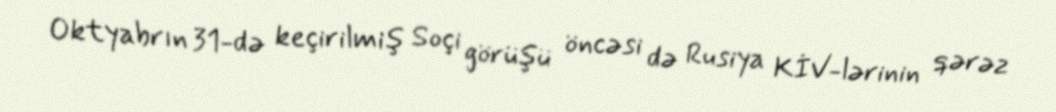
Oktyabrın 31-də keçirilmiş Soçi görüşü öncəsi də Rusiya KİV-lərinin qərəz